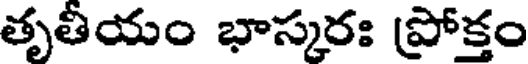
తృతీయం భాస్కరః ప్రోక్తం